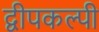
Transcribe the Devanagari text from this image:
द्वीपकल्पी